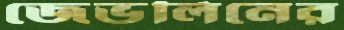
জেভলিনের